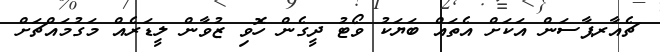
ޗެއާރޕާސަން އަކަށް އެތައް ބަޔަކު ވޯޓު ދީގެން ހޮވި ޒުވާން ލީޑަރެއް މަގުމައްޗަށް